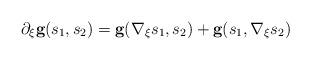
LaTeX: \begin{align*} \partial_\xi \textbf{g}(s_1,s_2) = \textbf{g}(\nabla_\xi s_1,s_2) + \textbf{g}(s_1,\nabla_\xi s_2) \end{align*}